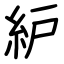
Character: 䋆